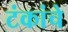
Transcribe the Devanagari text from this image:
टंकांचे